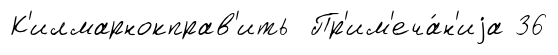
К'илмарнокправ'ить Пр'им'еча́н'иjа 36